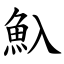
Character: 魞